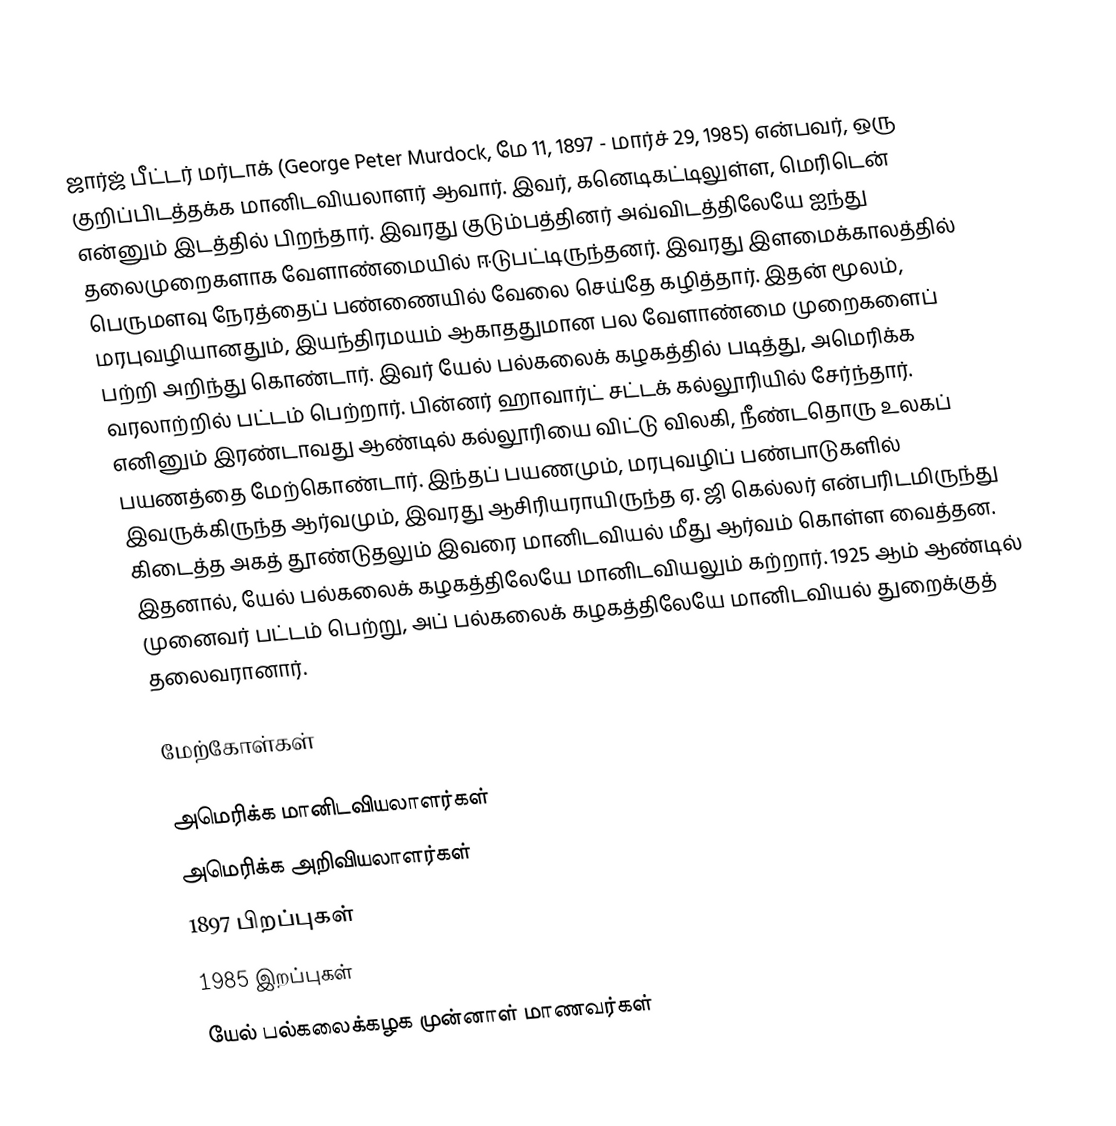
ஜார்ஜ் பீட்டர் மர்டாக் (George Peter Murdock, மே 11, 1897 - மார்ச் 29, 1985) என்பவர், ஒரு குறிப்பிடத்தக்க மானிடவியலாளர் ஆவார். இவர், கனெடிகட்டிலுள்ள, மெரிடென் என்னும் இடத்தில் பிறந்தார். இவரது குடும்பத்தினர் அவ்விடத்திலேயே ஐந்து தலைமுறைகளாக வேளாண்மையில் ஈடுபட்டிருந்தனர். இவரது இளமைக்காலத்தில் பெருமளவு நேரத்தைப் பண்ணையில் வேலை செய்தே கழித்தார். இதன் மூலம், மரபுவழியானதும், இயந்திரமயம் ஆகாததுமான பல வேளாண்மை முறைகளைப் பற்றி அறிந்து கொண்டார். இவர் யேல் பல்கலைக் கழகத்தில் படித்து, அமெரிக்க வரலாற்றில் பட்டம் பெற்றார். பின்னர் ஹாவார்ட் சட்டக் கல்லூரியில் சேர்ந்தார். எனினும் இரண்டாவது ஆண்டில் கல்லூரியை விட்டு விலகி, நீண்டதொரு உலகப் பயணத்தை மேற்கொண்டார். இந்தப் பயணமும், மரபுவழிப் பண்பாடுகளில் இவருக்கிருந்த ஆர்வமும், இவரது ஆசிரியராயிருந்த ஏ. ஜி கெல்லர் என்பரிடமிருந்து கிடைத்த அகத் தூண்டுதலும் இவரை மானிடவியல் மீது ஆர்வம் கொள்ள வைத்தன. இதனால், யேல் பல்கலைக் கழகத்திலேயே மானிடவியலும் கற்றார். 1925 ஆம் ஆண்டில் முனைவர் பட்டம் பெற்று, அப் பல்கலைக் கழகத்திலேயே மானிடவியல் துறைக்குத் தலைவரானார்.

மேற்கோள்கள்

அமெரிக்க மானிடவியலாளர்கள்
அமெரிக்க அறிவியலாளர்கள்
1897 பிறப்புகள்
1985 இறப்புகள்
யேல் பல்கலைக்கழக முன்னாள் மாணவர்கள்